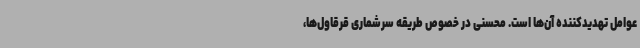
عوامل تهدیدکننده آن‌ها است. محسنی در خصوص طریقه سرشماری قرقاول‌ها،